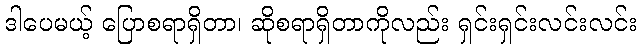
ဒါပေမယ့် ပြောစရာရှိတာ၊ ဆိုစရာရှိတာကိုလည်း ရှင်းရှင်းလင်းလင်း